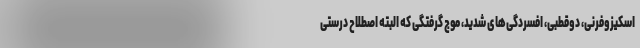
اسکیزوفرنی، دوقطبی، افسردگی‌های شدید، موج گرفتگی که البته اصطلاح درستی